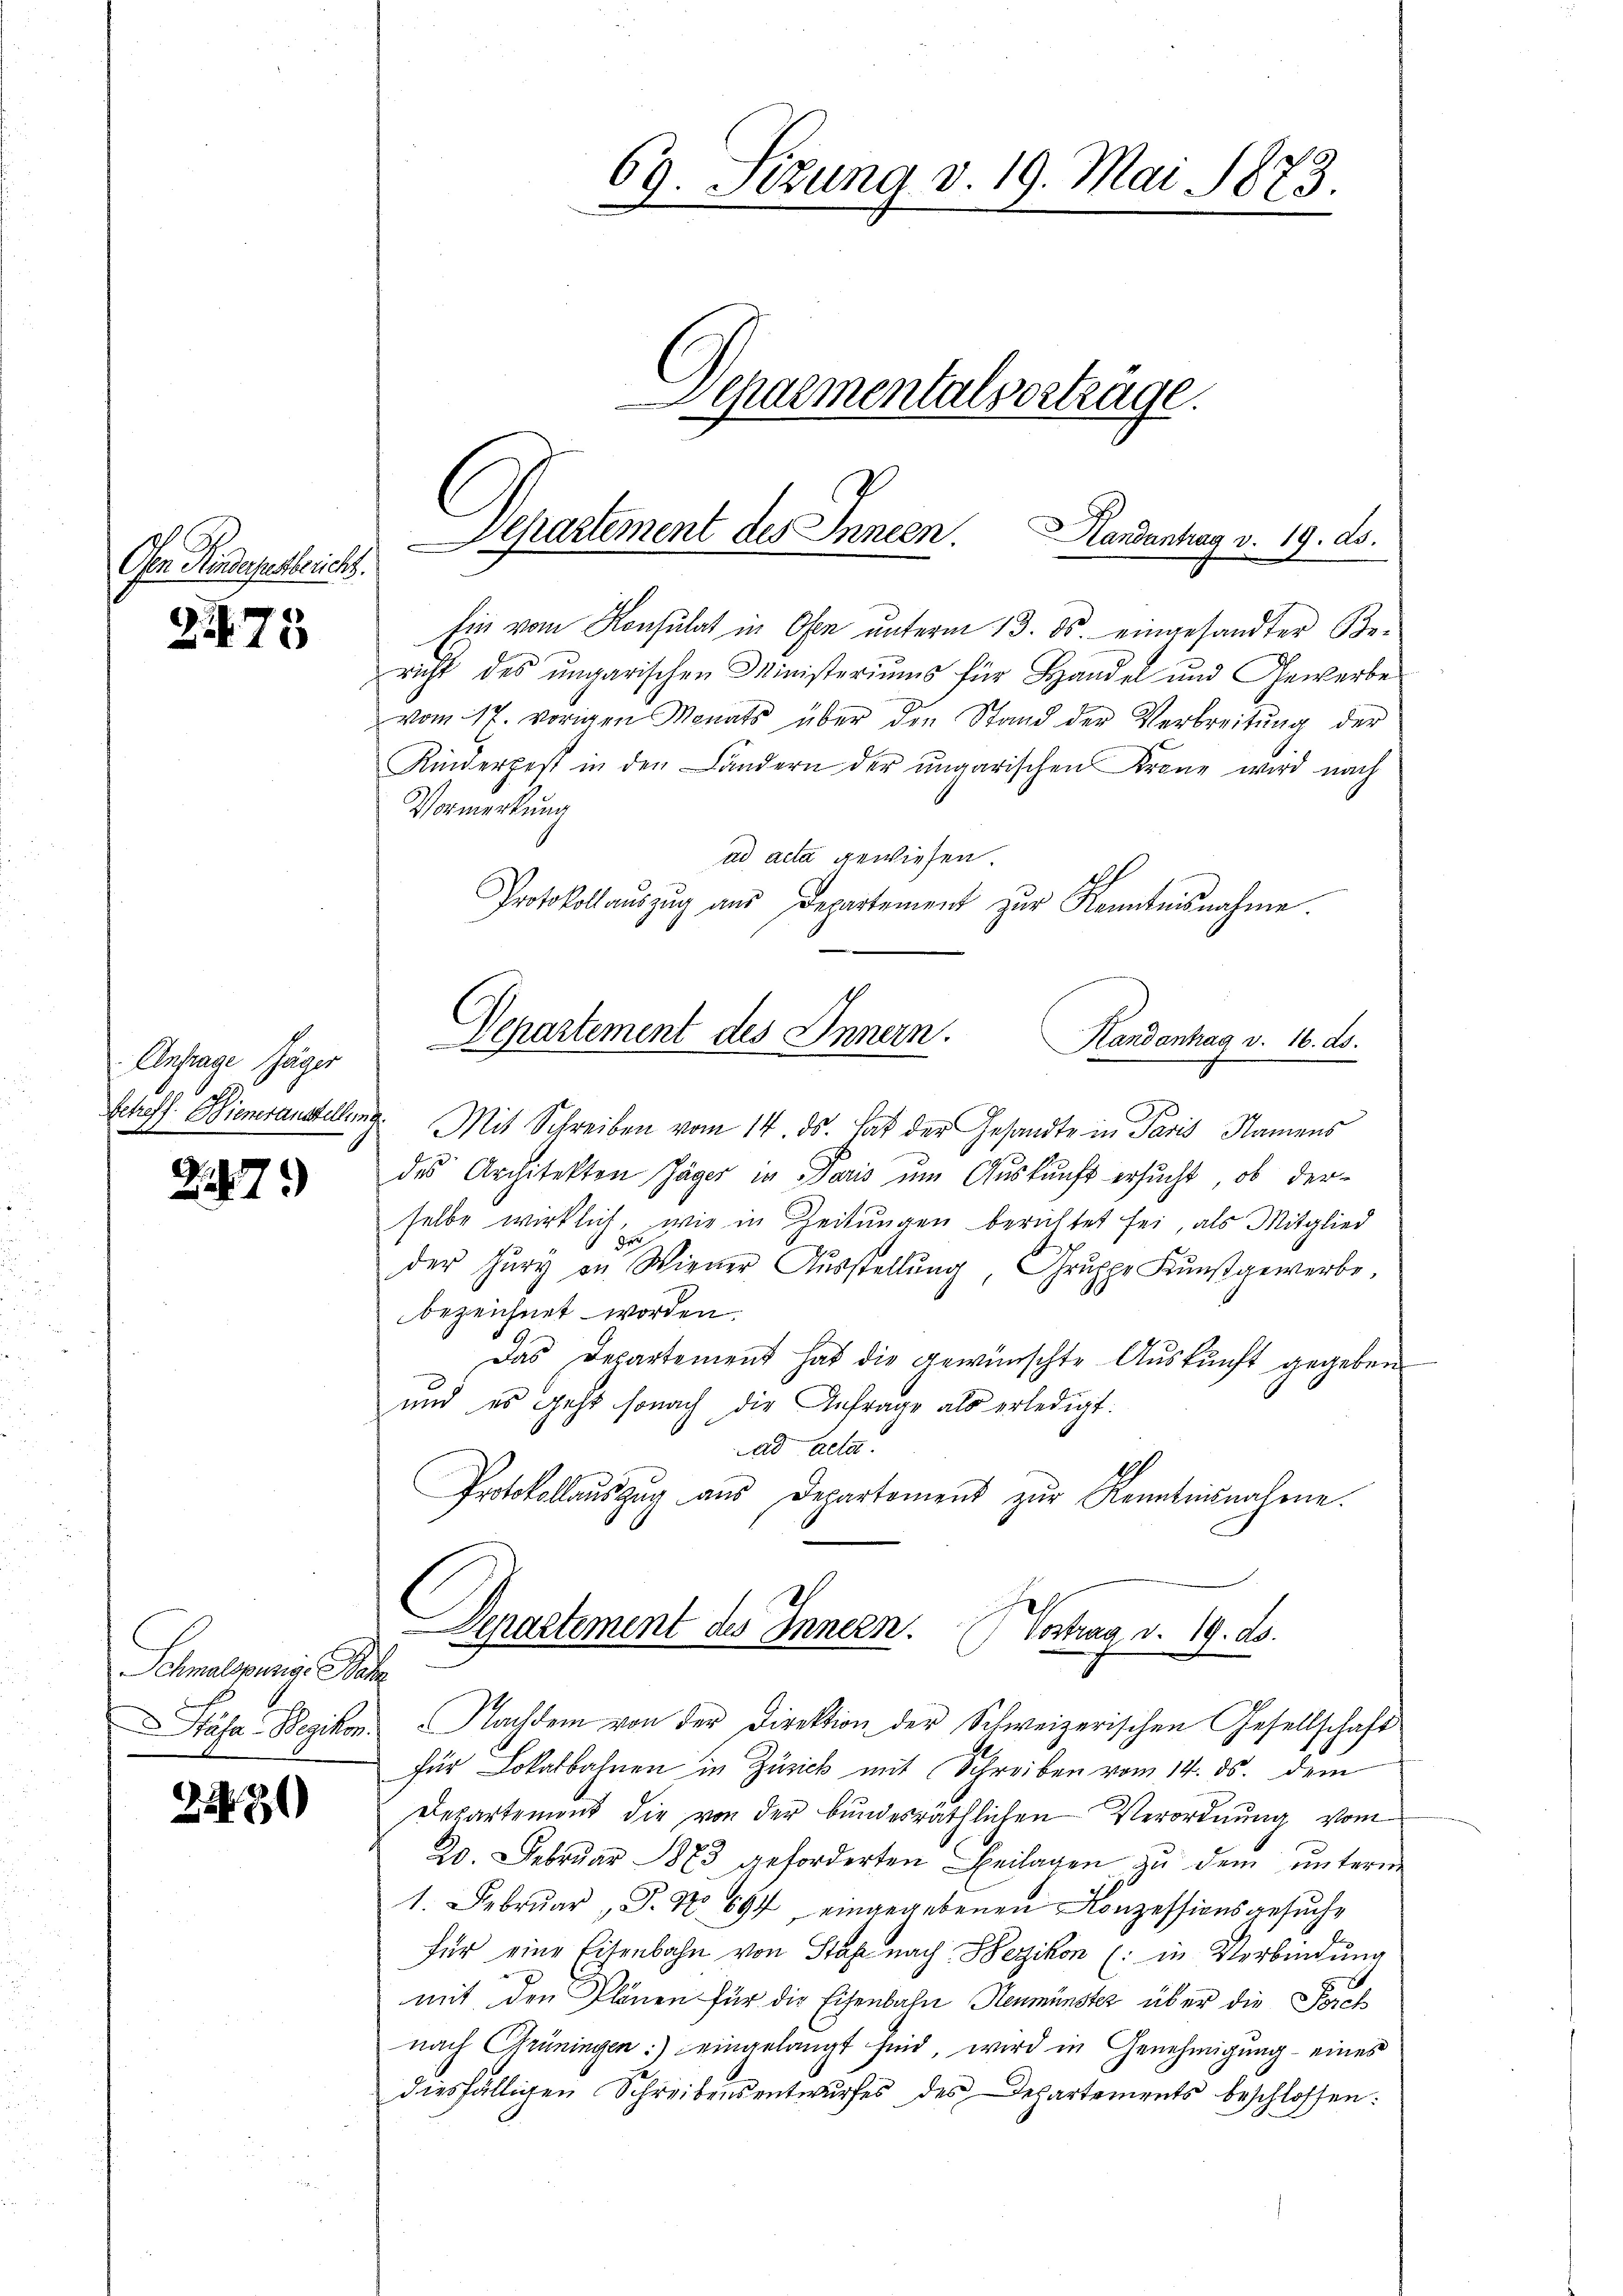
Ohne Kindegestrichs.

Z.75

Anfrage Jäger

2287.

Schmalspurg, Bar
Stäfa Bezikon.

2230

69. Sizung v. 19. Mai 1873.
Chaementalverträge.

Ein vom Konsulat in Ofen unterm 13. ds. eingesandter Be-
richt des ungarischen Ministeriums für Handel und Gewerbe
vom 17. vorigen Monats über den Stand der Verbreitŭng der
Kinderpest in den Ländern der ŭngarischen Krone wird nach
Vormerkung
ad acta gewiesen.
Protokollaŭszŭg ans Departement zŭr Kenntnisnahme.
Scheff. Dieneranstellung. Mit Schreiben vom 14. ds. hat der Gesandte in Paris Namens
des Architekton Jäger in Paris um Auskunft ersucht, ob derselbe wirklich, wie in Zeitungen berichtet sei, als Mitglied
der Jury zu Wiener Ausstellŭng, Gruppe Kunstgewerbe,
bezeichnet worden.
Das Departement hat die gewünschte Auskunft gegeben
und es geht sonach die Anfrage als erledigt:
ad Acta.
Protokollaŭszŭg aŭs Departement zŭr Kenntnisnahme.
Departement des Innern. Vortrag d. 19. ds.
f
Nachdem von der Direktion der Schweizerischen Gesellschaft
für Lokalbahnen in Zürick mit Schreiben vom 14. ds. dem
Departement die von der bundesräthlichen Verordnung vom
20. Febrŭar 1873 geforderten Beilagen zŭ dem ŭnterm
1. Febrŭar P. No 694 eingegebenen Konzessionsgesŭche
für eine Eisenbahn von Staf nach Wezikon (: in Verbindung
mit den Plänen für die Eisenbahn Neumünster über die Spiel
nach Grüningen: eingelangt sind, wird in Genehmigung eines
diesfälligen Schreibensentwurfes des Departements beschlossen:

Departement des Innen.
Handantrag v. 19. ds.

Departement des Innern. Handantrag v. 16. ds.